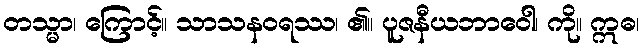
တသ္မာ၊ ကြောင့်။ သာသနဝရဿ၊ ၏။ ပူဇနီယဘာဝေါ၊ ကို။ ဣဓ၊